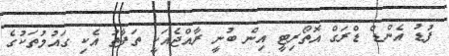
ފުޑު އެންޑް ޑްރަގް އޮތޯރިޓީ އިން ބުނީ ރާއްޖެއަކީ ތަފާތު އެކި ގައުމުތަކުގެ